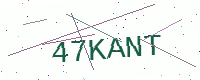
Text: 47KANT